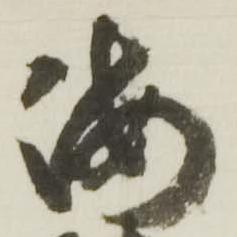
海